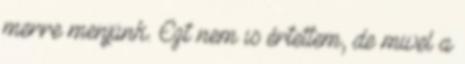
merre menjünk. Ezt nem is értettem, de mivel a